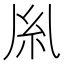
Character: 𫃛